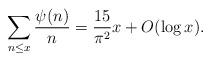
LaTeX: \begin{align*}\sum_{n \le x} \frac{\psi(n)}{n}= \frac{15}{\pi^2} x + O(\log x).\end{align*}